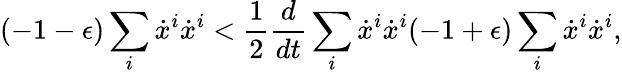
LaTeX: (-1-\epsilon)\sum_{i}\dot{x}^{i}\dot{x}^{i}<\frac{1}{2}\frac{d}{dt}\sum_{i}\dot{x}^{i}\dot{x}^{i}(-1+\epsilon)\sum_{i}\dot{x}^{i}\dot{x}^{i},